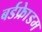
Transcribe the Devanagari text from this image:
बर्डफ्राेेडम